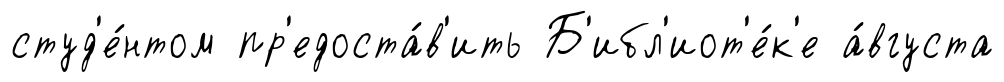
студ'е́нтом пр'едоста́в'ить Б'ибл'иот'е́к'е а́вгуста